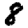
Digit: 8